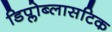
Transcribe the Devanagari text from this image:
डिप्लोब्लासटिक